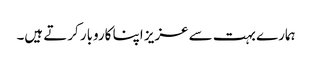
ہمارے بہت سے عزیز اپنا کاروبار کرتے ہیں۔